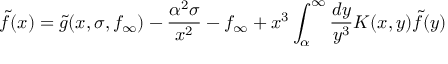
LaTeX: \tilde { f } ( x ) = \tilde { g } ( x , \sigma , f _ { \infty } ) - \frac { \alpha ^ { 2 } \sigma } { x ^ { 2 } } - f _ { \infty } + x ^ { 3 } \int _ { \alpha } ^ { \infty } \frac { d y } { y ^ { 3 } } K ( x , y ) \tilde { f } ( y )